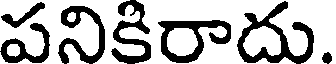
పనికిరాదు.